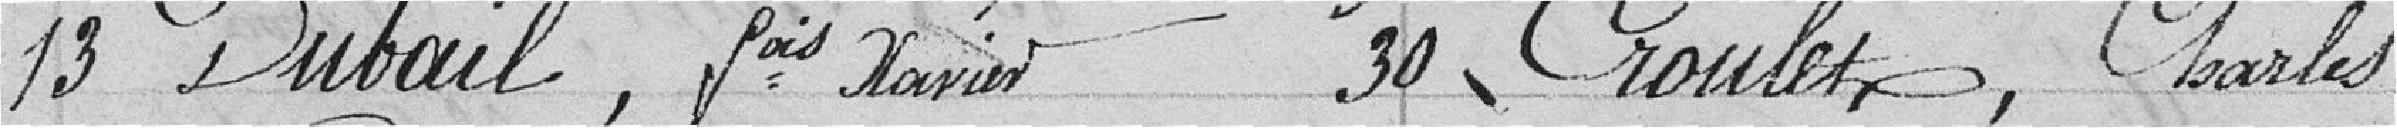
13 Dubail, François Xavier 30 Croulet, Charles